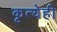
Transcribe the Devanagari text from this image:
कृत्येही